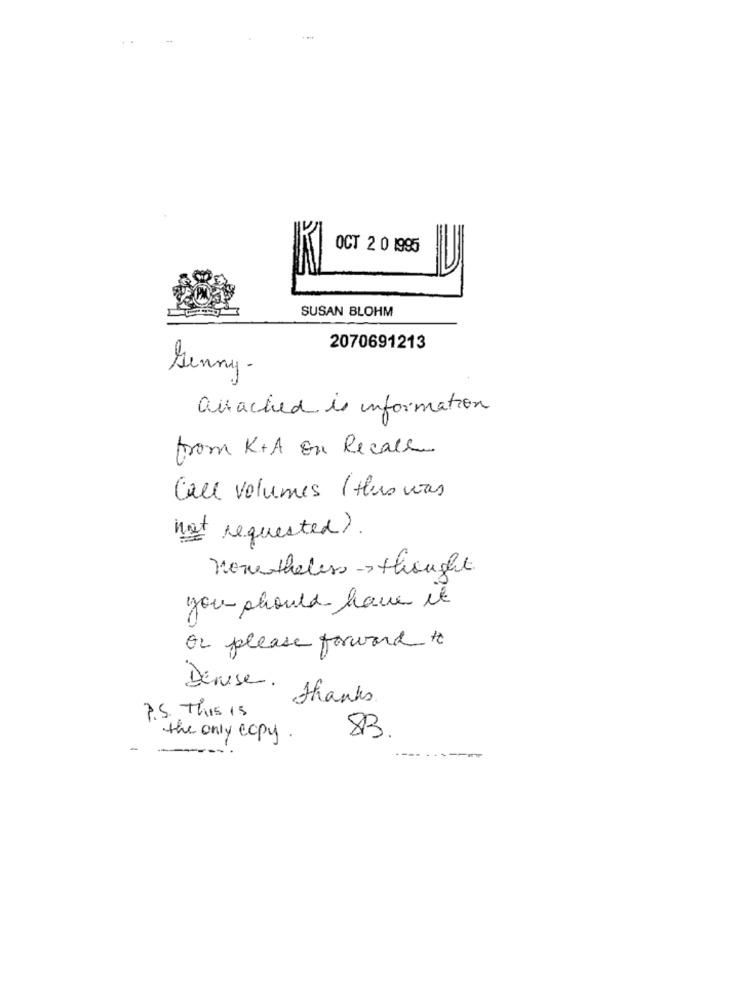
OCT 2 0 1995
SUSAN BLOHM
2070691213
Sunny -
attached is information
from K+A on Recall
Call volumes (thus was
not requested).
nonetheless -> thought
you should have it
Or please forward to
Denise. thanks
P.S. This is
83.
the only copy .
-